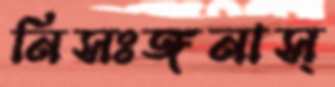
নিসঃঙ্গনাস্